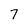
Character: 7